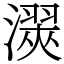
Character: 㵤